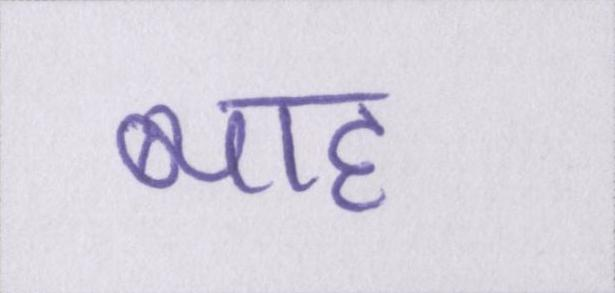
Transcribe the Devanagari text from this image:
ब्याह